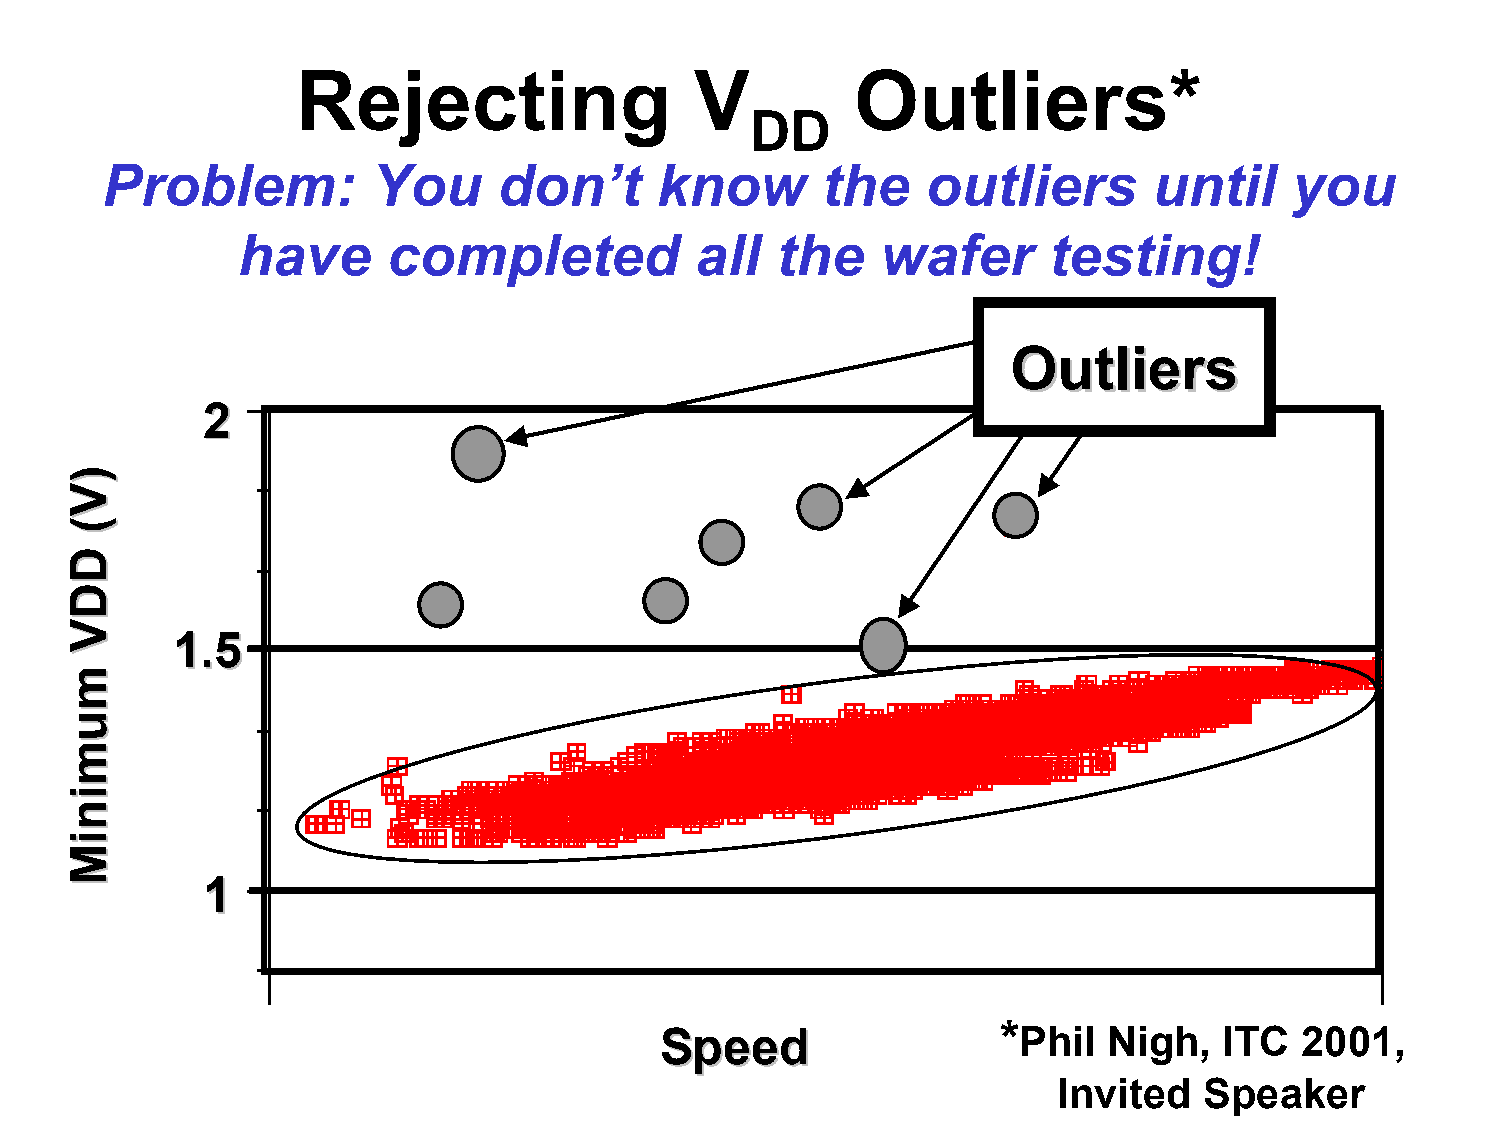
Rejecting                 V          Outliers*
 DD
 Problem:          You     don’t     know       the    outliers       until     you
 have      completed           all  the    wafer      testing!
 OOuuttlliieerrss
 22
 11..55
 11
 *
 SSppeeeedd             Phil  Nigh,   ITC  2001,
 Invited   Speaker
 ))VV((
 DDDDVV
 mmuummiinniiMM